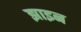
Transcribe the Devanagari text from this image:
झाइन